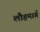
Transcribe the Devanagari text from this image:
लौहमार्ग